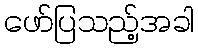
ဖော်ပြသည့်အခါ